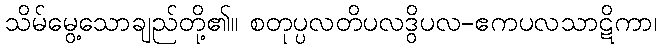
သိမ်မွေ့သောချည်တို့၏။ စတုပ္ပလတိပလဒွိပလ-ဧကပလသာဋိကာ၊